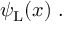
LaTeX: \psi _ { \mathrm { { L } } } ( x ) ~ .